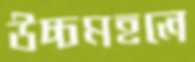
উচ্চমহলে